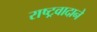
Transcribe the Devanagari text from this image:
राष्ट्रवादाने